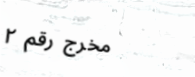
مخرج رقم ٢